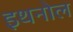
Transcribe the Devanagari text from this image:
इथनोल